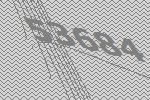
53684